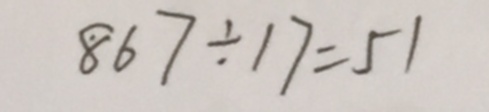
8 6 7 \div 1 7 = 5 1